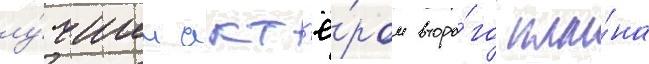
лу́чшим акт'ё́ром второ́го пла́на